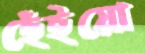
হেঁইয়ো